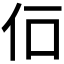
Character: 𠇅